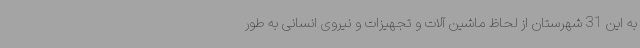
به این 31 شهرستان از لحاظ ماشین آلات و تجهیزات و نیروی انسانی به طور